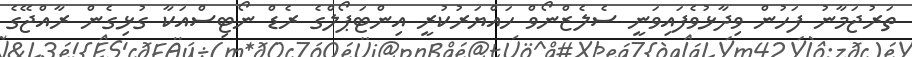
ތަރުޖަމާނު ފަހުން ވިދާޅުވެފައިވަނީ ސެލެޒްނޯވް ހައްޔަރުކުރީ އިންޓަޕޯލްގެ ރެޑް ނޯޓިސްއަކާ ގުޅިގެން ރާއްޖޭގެ